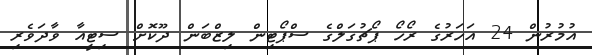
އުމުރުން 24 އަހަރުގެ ރޯހޯ ޕޯޗުގަލްގެ ސްޕޯޓިން ލިޒްބަން ދޫކޮށް ސިޓީއާ ވާދަވެރި